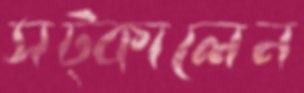
সট্‌কালেন